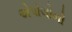
એપોલોનો